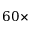
6 0 \times